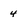
Character: 4